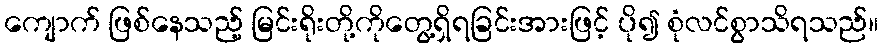
ကျောက် ဖြစ်နေသည့် မြင်းရိုးတို့ကိုတွေ့ရှိရခြင်းအားဖြင့် ပို၍ စုံလင်စွာသိရသည်။